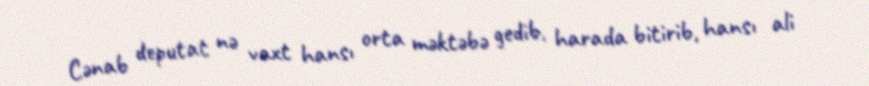
Cənab deputat nə vaxt hansı orta məktəbə gedib, harada bitirib, hansı ali